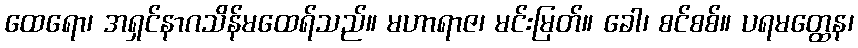
ထေရော၊ အရှင်နာဂသိန်မထေရ်သည်။ မဟာရာဇ၊ မင်းမြတ်။ ခေါ၊ စင်စစ်။ ပရမတ္ထေန၊